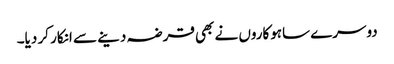
دوسرے ساہوکاروں نے بھی قرضہ دینے سے انکار کر دیا۔